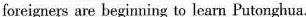
foreigners are beginning to learn Putonghua.